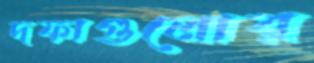
দফাগুলোর